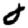
Digit: 0